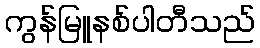
ကွန်မြူနစ်ပါတီသည်